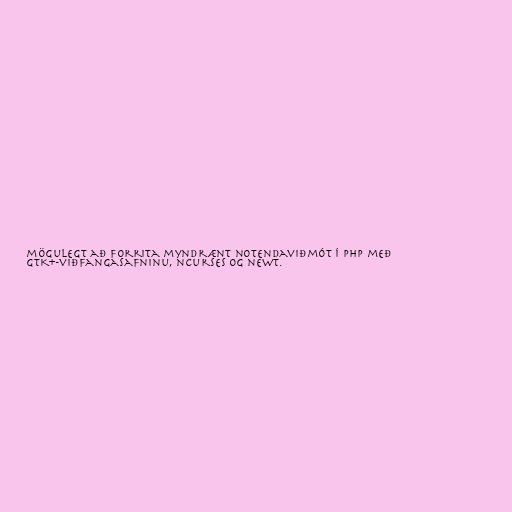
mögulegt að forrita myndrænt notendaviðmót í PHP með
GTK+-viðfangasafninu, ncurses og newt.